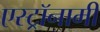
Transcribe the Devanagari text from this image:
एस्‍ट्रॉनामी